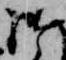
御